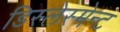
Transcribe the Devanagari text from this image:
डिस्लेस्मेन्ट